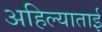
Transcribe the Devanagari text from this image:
अहिल्याताई